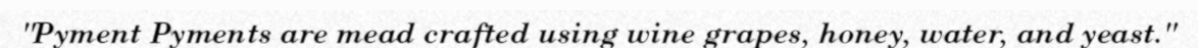
"Pyment Pyments are mead crafted using wine grapes, honey, water, and yeast."